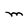
Character: M